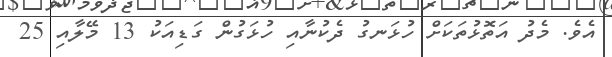
އެވެ. މެދު އަތޮޅުތަކަށް ހުޅަނގު ދެކުނާއި ހުޅަގުން ގަޑިއަކު 13 މޭލާއި 25